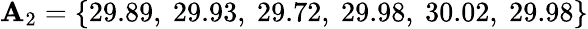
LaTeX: \mathbf{A}_{2}=\{ 29.89,\ 29.93,\ 29.72,\ 29.98,\ 30.02,\ 29.98\}